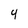
Character: 4